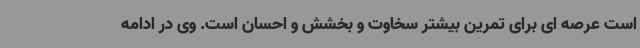
است عرصه ای برای تمرین بیشتر سخاوت و بخشش و احسان است. وی در ادامه